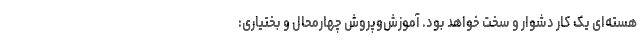
هسته‌ای یک کار دشوار و سخت خواهد بود. آموزش‌وپروش چهارمحال و بختیاری: